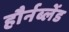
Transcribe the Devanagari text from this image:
हौर्नब्लेंड